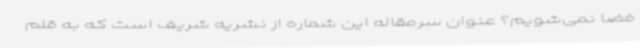
فضا نمی‌شویم؟ عنوان سرمقاله این شماره از نشریه شریف است که به قلم